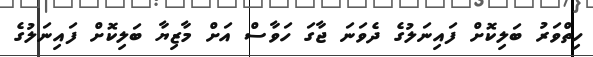
ހިތްވަރު ބަލިކޮށް ފައިނަލުގެ ދެވަނަ ޖާގަ ހަވާސް އަށް މާޒިޔާ ބަލިކޮށް ފަައިނަލުގެ